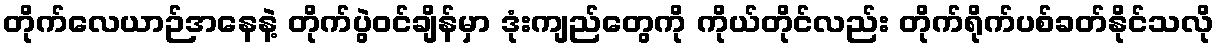
တိုက်လေယာဉ်အနေနဲ့ တိုက်ပွဲဝင်ချိန်မှာ ဒုံးကျည်တွေကို ကိုယ်တိုင်လည်း တိုက်ရိုက်ပစ်ခတ်နိုင်သလို